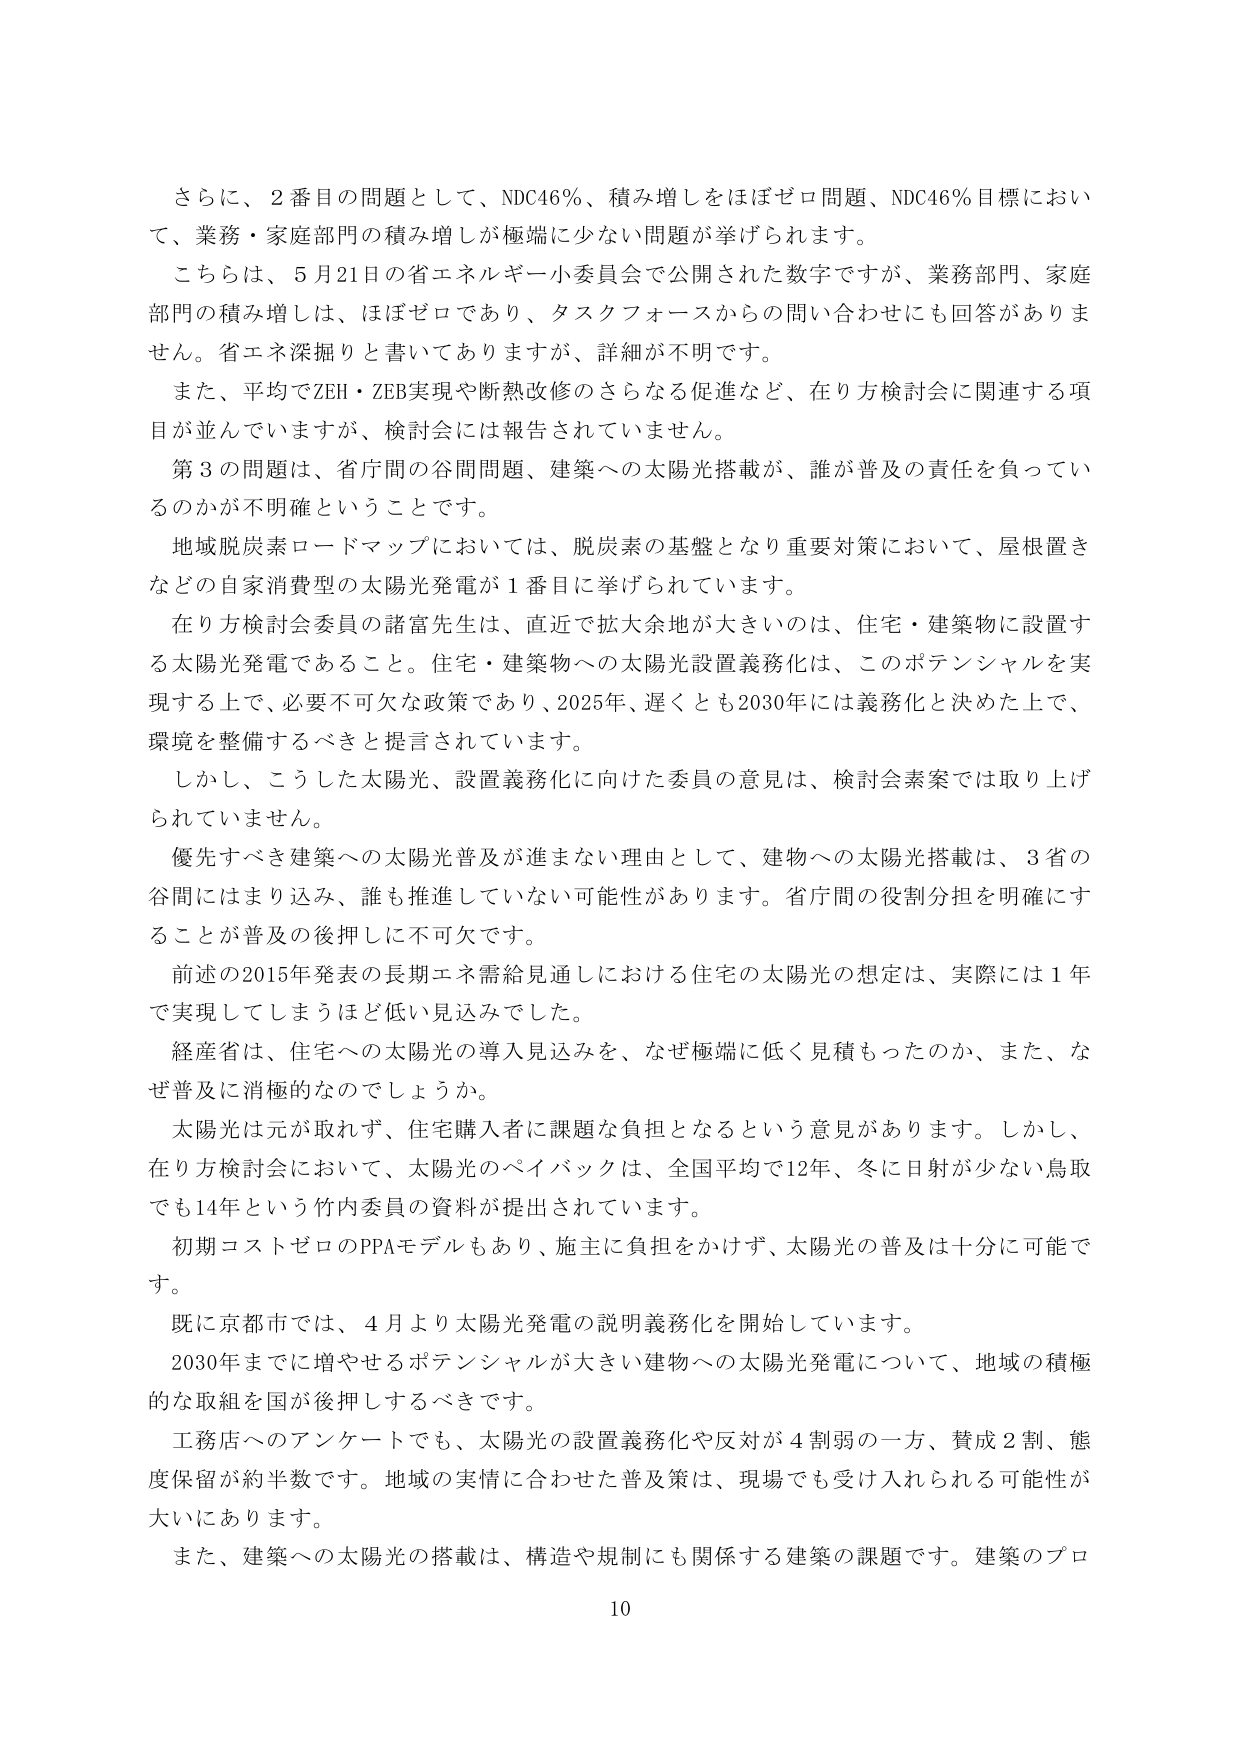
さらに、2番目の問題として、NDC46％、積み増しをほぼゼロ問題、NDC46％目標において、業務・家庭部門の積み増しが極端に少ない問題が挙げられます。

こちらは、5月21日の省エネルギー小委員会で公開された数字ですが、業務部門、家庭部門の積み増しは、ほぼゼロであり、タスクフォースからの問い合わせにも回答がありません。省エネ深掘りと書いてありますが、詳細が不明です。

また、平均でZEH・ZEB実現や断熱改修のさらなる促進など、在り方検討会に関連する項目が並んでいますが、検討会には報告されていません。

第3の問題は、省庁間の谷間問題、建築への太陽光搭載が、誰が普及の責任を負っているのかが不明確ということです。

地域脱炭素ロードマップにおいては、脱炭素の基盤となり重要対策において、屋根置きなどの自家消費型の太陽光発電が1番目に挙げられています。

在り方検討会委員の諸富先生は、直近で拡大余地が大きいのは、住宅・建築物に設置する太陽光発電であること。住宅・建築物への太陽光設置義務化は、このポテンシャルを実現する上で、必要不可欠な政策であり、2025年、遅くとも2030年には義務化と決めた上で、環境を整備するべきと提言されています。

しかし、こうした太陽光、設置義務化に向けた委員の意見は、検討会素案では取り上げられていません。

優先すべき建築への太陽光普及が進まない理由として、建物への太陽光搭載は、3省の谷間にはまり込み、誰も推進していない可能性があります。省庁間の役割分担を明確にすることが普及の後押しに不可欠です。

前述の2015年発表の長期エネ需給見通しにおける住宅の太陽光の想定は、実際には1年で実現してしまうほど低い見込みでした。

経産省は、住宅への太陽光の導入見込みを、なぜ極端に低く見積もったのか、また、なぜ普及に消極的なのでしょうか。

太陽光は元が取れず、住宅購入者に課題な負担となるという意見があります。しかし、在り方検討会において、太陽光のペイバックは、全国平均で12年、冬に日射が少ない鳥取でも14年という竹内委員の資料が提出されています。

初期コストゼロのPPAモデルもあり、施主に負担をかけず、太陽光の普及は十分に可能です。

既に京都市では、4月より太陽光発電の説明義務化を開始しています。

2030年までに増やせるポテンシャルが大きい建物への太陽光発電について、地域の積極的な取組を国が後押しするべきです。

工務店へのアンケートでも、太陽光の設置義務化や反対が4割弱の一方、賛成2割、態度保留が約半数です。地域の実情に合わせた普及策は、現場でも受け入れられる可能性が大いにあります。

また、建築への太陽光の搭載は、構造や規制にも関係する建築の課題です。建築のプロ

10